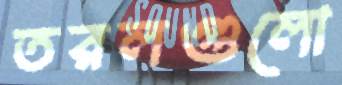
তরলগুলো